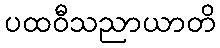
ပထဝီသညာယာတိ